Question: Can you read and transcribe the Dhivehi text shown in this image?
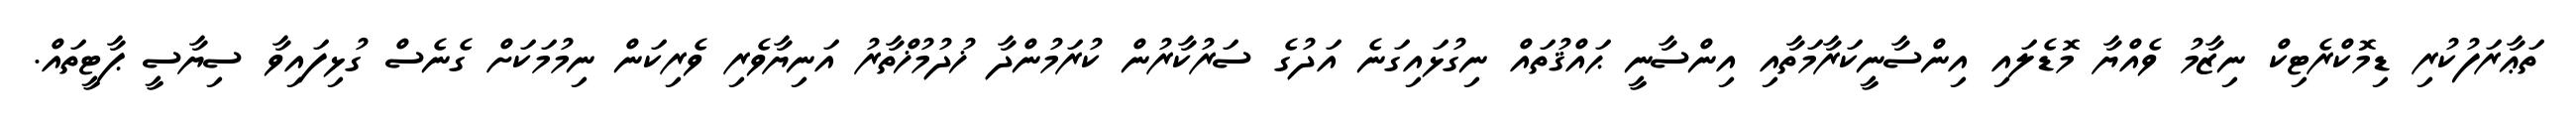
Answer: ތަޢާރަފުކުރި ޑިމޮކްރެޓިކް ނިޒާމު ވެއްޔާ މޮޑެލައި އިންސާނީކަރާމަތާއި އިންސާނީ ޙައްޤުތައް ނިގުޅައިގަނެ އަދުގެ ސަރުކާރުން ކުރަމުންދާ ޚުދުމުޚްތާރު އަނިޔާވެރި ވެރިކަން ނިމުމަކަށް ގެނެސް ގުޅިފައިވާ ސިޔާސީ ޕާޓީތައް.